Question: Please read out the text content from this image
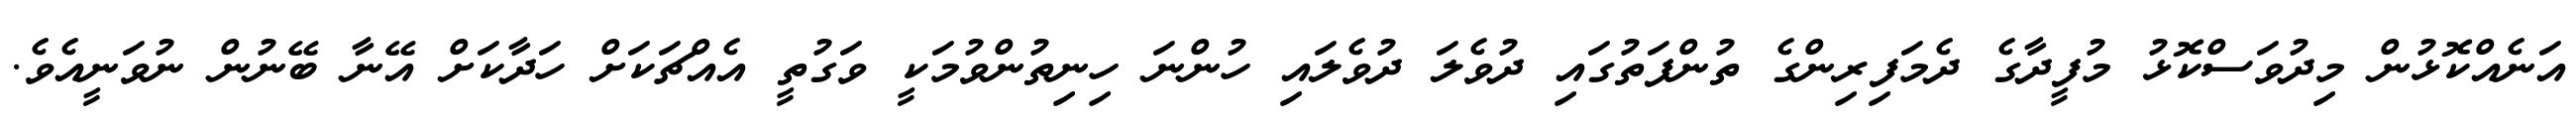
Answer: އަނެއްކޮޅުން މިދުވަސްކޮޅު މުފީދާގެ ދެމަފިރިންގެ ތުންފަތުގައި ދުވެލަ ދުވެލައި ހުންނަ ހިނިތުންވުމަކީ ވަގުތީ އެއްޗަކަށް ހަދާކަށް އޭނާ ބޭނުން ނުވަނީއެވެ.